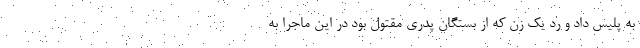
به پلیس داد و رد یک زن که از بستگان پدری مقتول بود در این ماجرا به